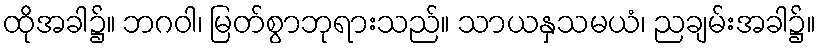
ထိုအခါ၌။ ဘဂဝါ၊ မြတ်စွာဘုရားသည်။ သာယနှသမယံ၊ ညချမ်းအခါ၌။